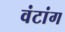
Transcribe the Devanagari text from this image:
वंटांग